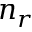
n _ { r }